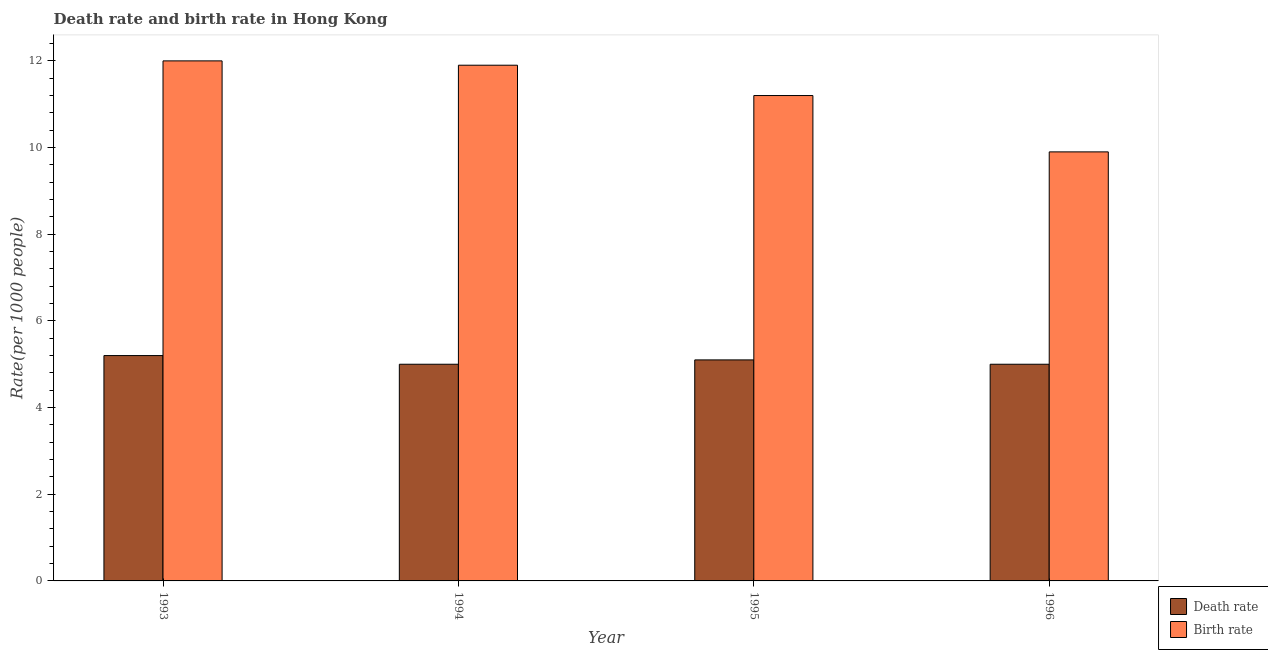
| Year | Death rate | Birth rate |
 | --- | --- | --- |
 | 1993 | 5.2 | 12 |
 | 1994 | 5 | 11.9 |
 | 1995 | 5.1 | 11.2 |
 | 1996 | 5 | 9.9 |